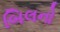
બિલનો